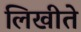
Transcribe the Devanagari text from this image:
लिखीते